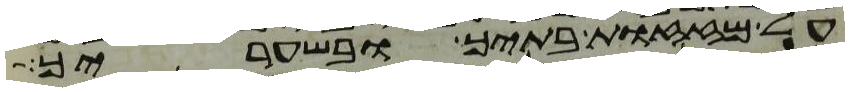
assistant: על מזזות בתיך ובשעריך